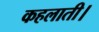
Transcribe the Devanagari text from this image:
कहलाती।